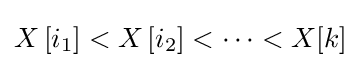
X\left[i_{1}\right]<X\left[i_{2}\right]<\cdots <X[k]